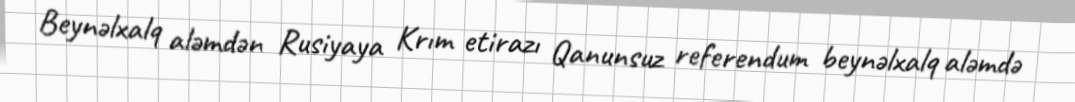
Beynəlxalq aləmdən Rusiyaya Krım etirazı Qanunsuz referendum beynəlxalq aləmdə